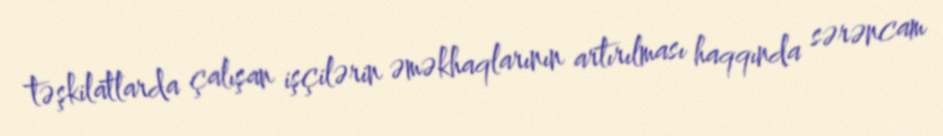
təşkilatlarda çalışan işçilərin əməkhaqlarının artırılması haqqında sərəncam